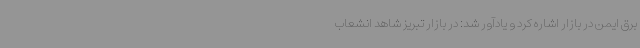
برق ایمن در بازار اشاره کرد و یادآور شد: در بازار تبریز شاهد انشعاب